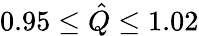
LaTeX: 0.95\leq\hat{Q}\leq 1.02